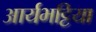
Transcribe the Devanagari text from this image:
आर्यभट्टिया